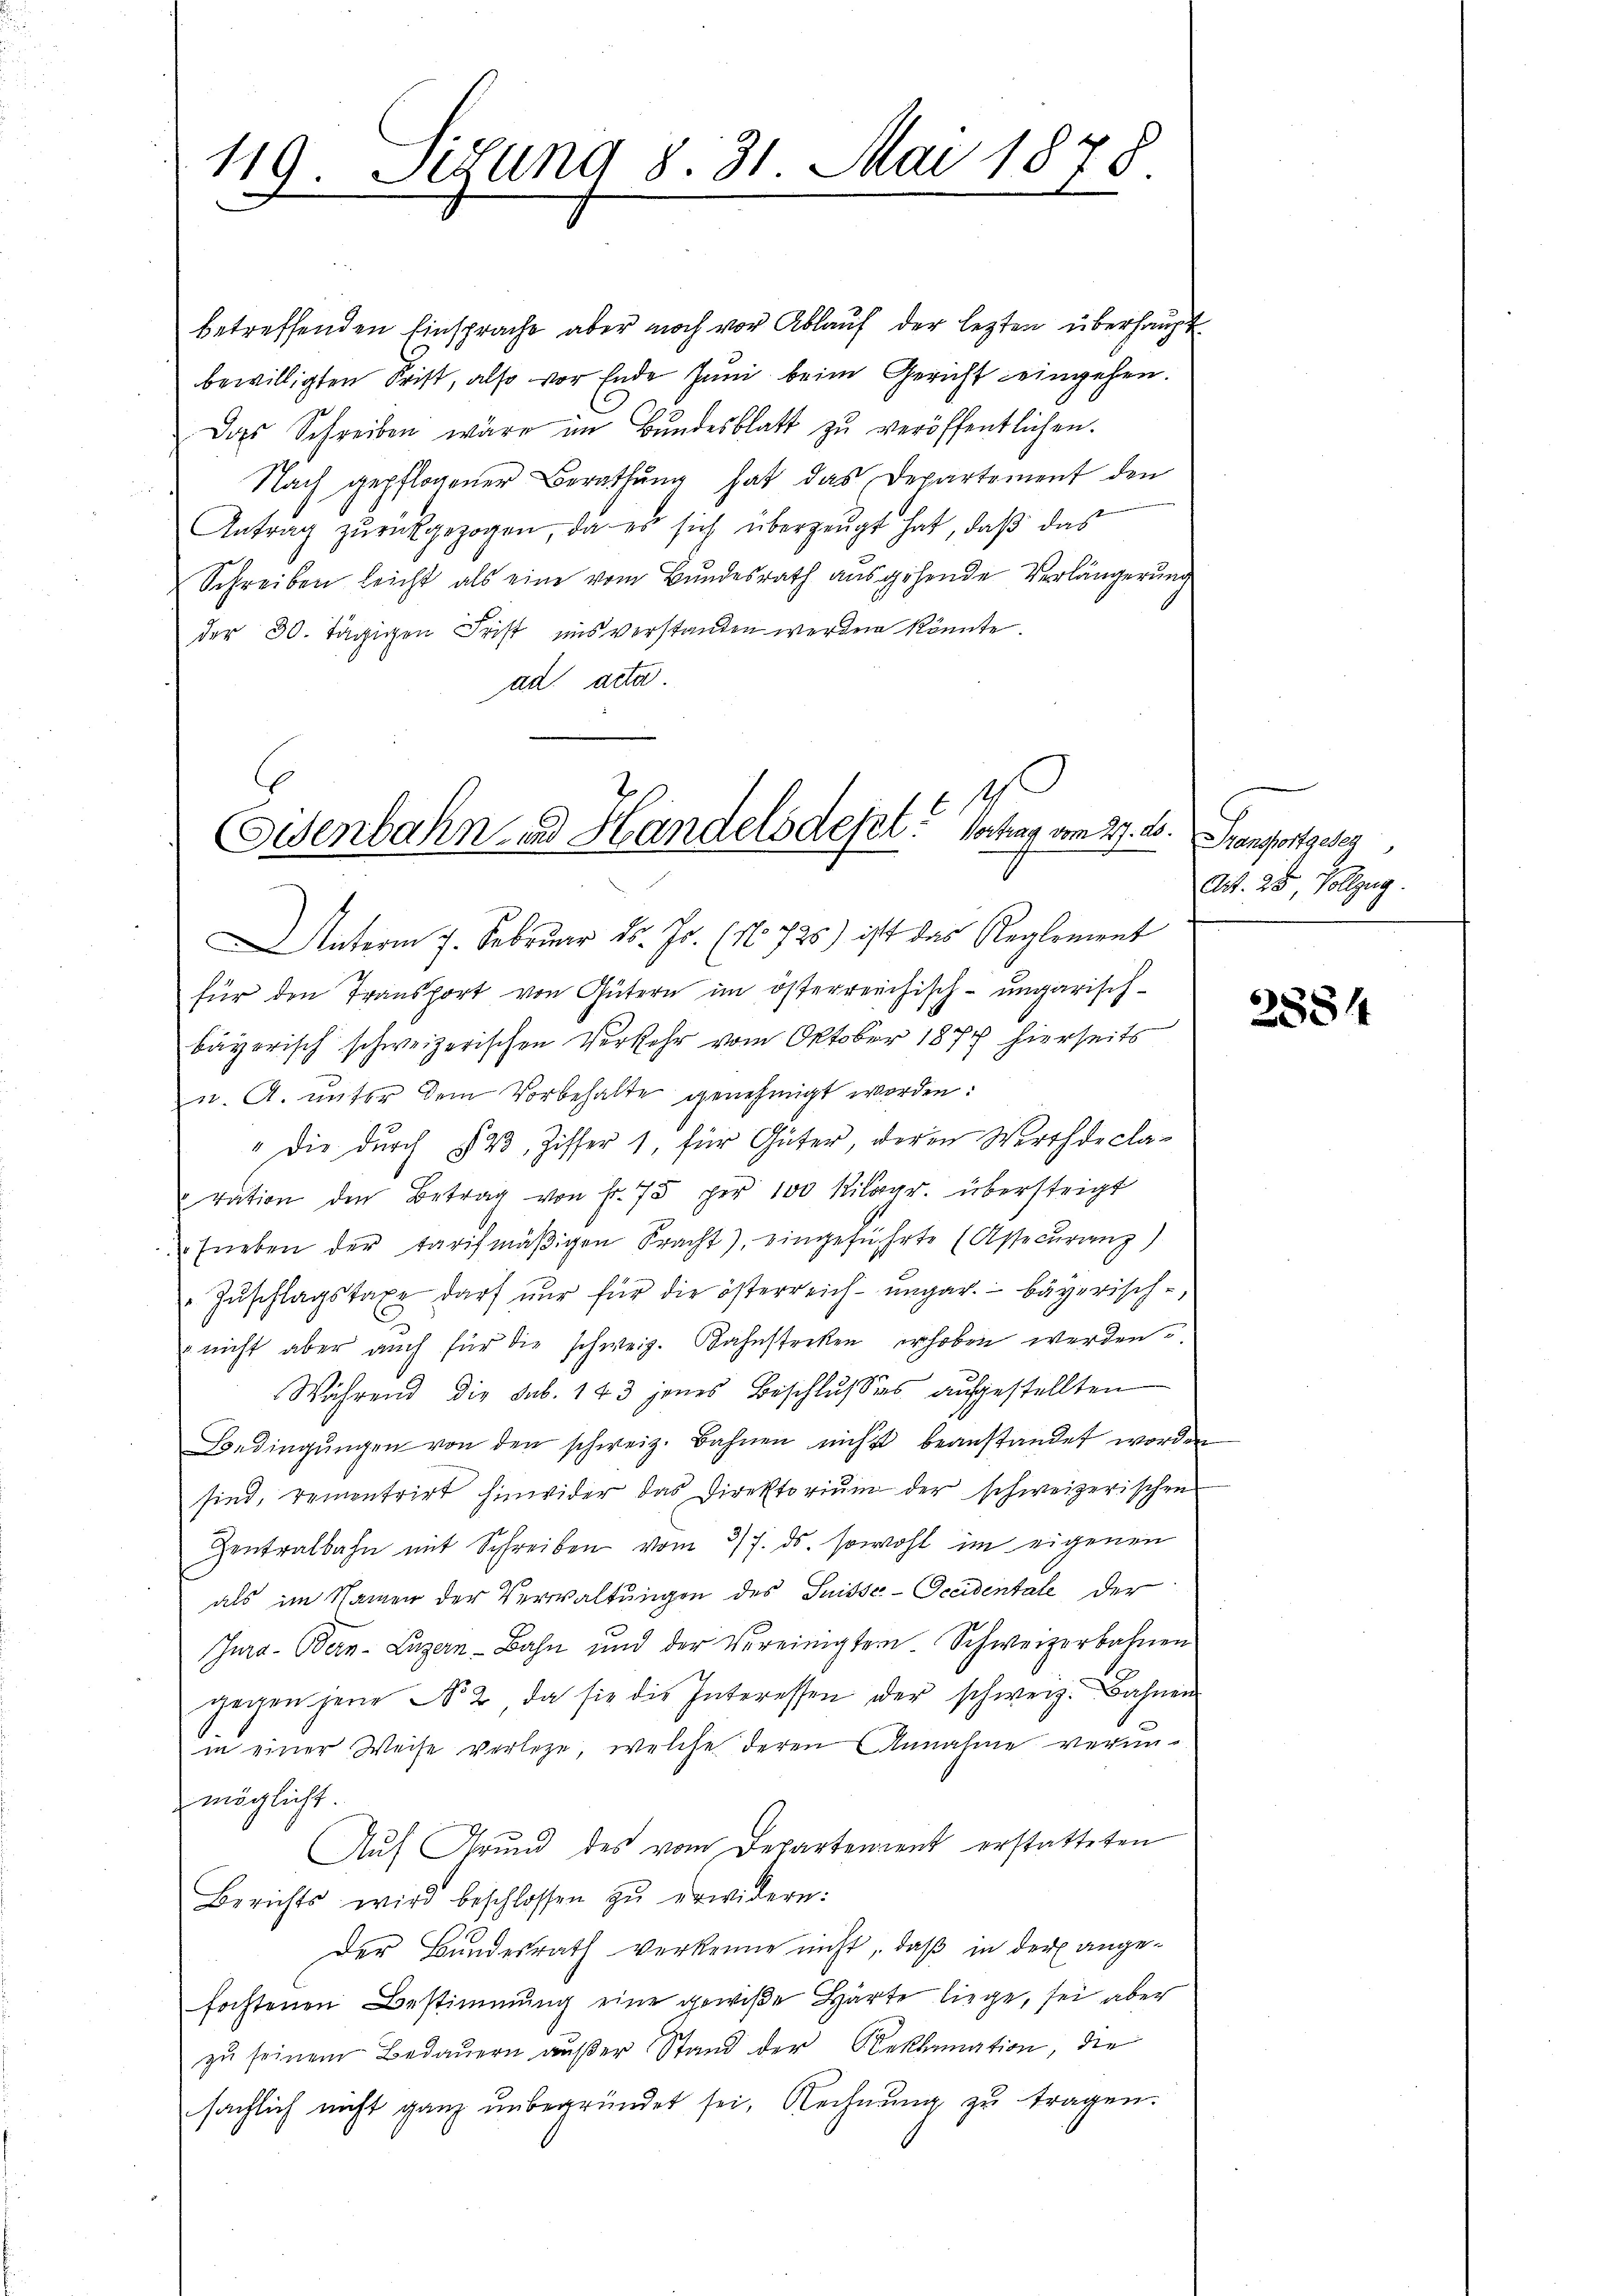
Sitzung 8. 31. Mai 1878.
119

betreffenden Einsprache aber noch vor Ablauf der lezten überhaupt
bewilligten Frist, also vor Ende Juni beim Gericht eingehen.
Das Schreiben wäre im Bŭndesblatt zŭ veröffentlichen.
Nach gepflogener Berathŭng hat das Departement den
Antrag zŭrückgezogen, da es sich überzeugt hat, daß das
Schreiben leicht als eine vom Bundesrath ausgehende Verlängerung
der 30. Jägigen Frist uns verstanden werden könnte.
ad acta
für den Transport von Gütern im österreichisch-ungarisch-
bayerisch schweizerischen Verkehr vom Oktober 1871 hierseits
u. A. unter dem Vorbehalte genehmigt worden:
" die durch § 23. Ziffer 1, für Güter, deren Werth declaration den Betrag von Fr. 75 per 100 Kilogr. übersteigt
fneben der tarifmäβigen Pracht), eingeführte (Assecŭranz)
Zŭschlagstaxe darf nur für die österreich-ungar. - bayerisch-
 nicht aber auch für die schweiz. Bahnstreken erhoben werden.
Während die sub. 143 jenes Beschluss aufgestellten
Bedingŭngen von den schweiz. Bahnen nicht beanstandet worden
sind, rementrirt hinwider das Direktorium der schweizerischen
Zentralbahn mit Schreiben vom 27. ds. sowohl im eigenen
als im Namen der Verwaltungen des Suisse-Occidentale der
Jura - Bern-Luzern-Bahn und der Vereinigten. Schweizerbahnen
gegen jene No 2, da sie die Interessen der schweiz. Bahnen
in einer Weise verlege, welche deren Annahme verunmöglicht.
Auf Grund des vom Departement erstatteten
Berichts wird beschlossen zŭ erwidern:
Der Bundesrath verkenne nicht, daß in der angefochtenen Bestimmung eine gewiße Härte liege, sei aber
zŭ seinem Bedauern aŭβer Stand der Beklamation, die
sächlich nicht ganz unbegründet sei, Rechnung zu tragen.

1
Osenbahn und Handels defelt. Vertrag vom 27. 26. Fransportgeseg
nterm 7. Februar d. Js. (N. 725) ist das Reglement

Art. 25. Vollzug.

3884